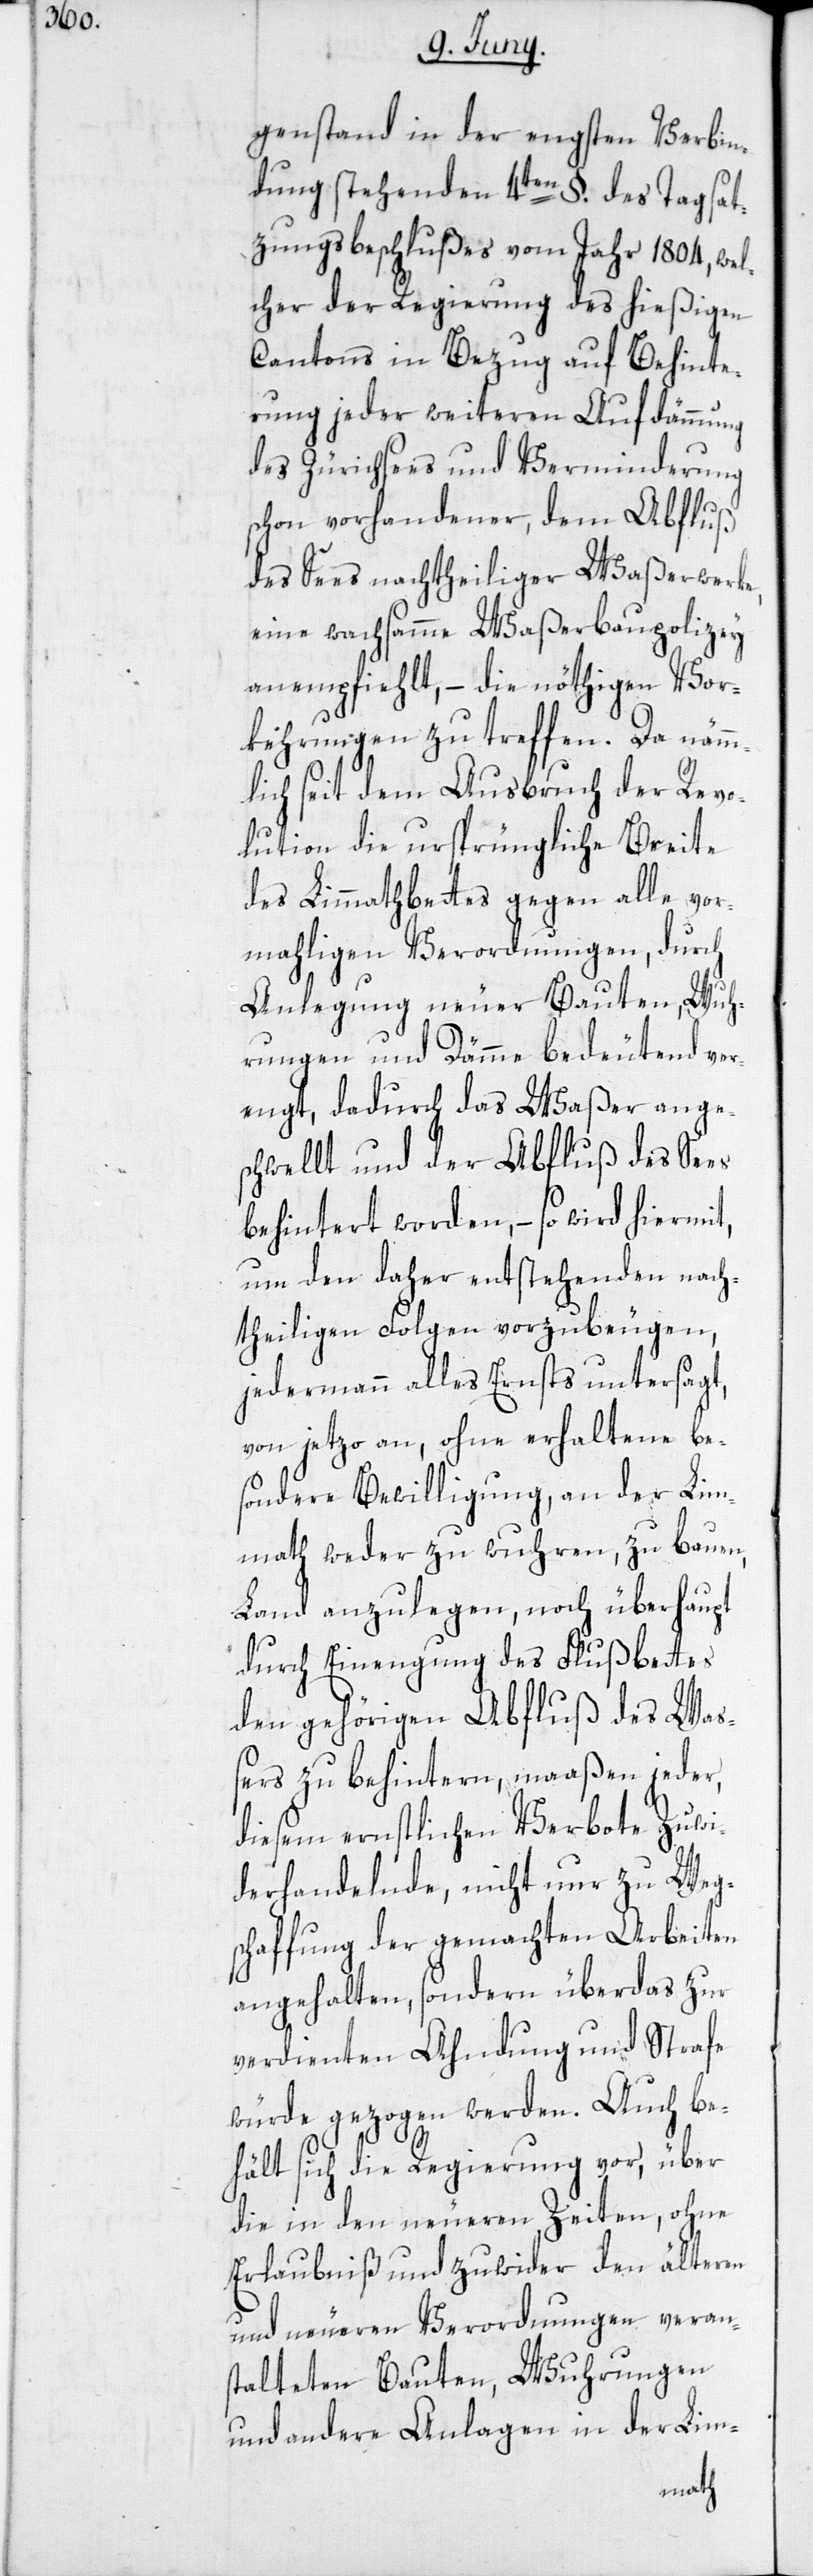
genstand in der engsten Verbin¬
dung stehenden 4ten §. des Tagsat¬
zungsbeschlußes vom Jahr 1804, wel¬
cher der Regierung des hießigen
Cantons in Bezug auf Behinte¬
rung jeder weiteren Aufdämmung
des Zürichsees und Verminderung
schon vorhandener, dem Abfluß
des Sees nachtheiliger Waßerwerke,
eine wachsamme Waßerbaupolizey
anempfiehlt, – die nöthigen Vor¬
kehrungen zu treffen. Da nämm¬
lich seit dem Ausbruch der Revo¬
lution die ursprüngliche Breite
des Limmathbettes gegen alle vor¬
mahligen Verordnungen, durch
Anlegung neuer Bauten, Wuh¬
rungen und Dämme bedeutend ver¬
engt, dadurch das Waßer ange¬
schwellt und der Abfluß des Sees
behintert worden, – so wird hiermit,
um den daher entstehenden nach¬
theiligen Folgen vorzubeugen,
jedermann alles Ernsts untersagt,
von jetzo an, ohne erhaltene be¬
sondere Bewilligung, an der Lim¬
math weder zu wuhren, zu bauen,
Land anzulegen, noch überhaupt
durch Einengung des Flußbettes
den gehörigen Abfluß des Wa¬
ßers zu behintern, maaßen jeder,
diesem ernstlichen Verbote Zuwi¬
derhandelnde, nicht nur zu Weg¬
schaffung der gemachten Arbeiten
angehalten, sondern überdas zur
verdienten Ahndung und Strafe
würde gezogen werden. Auch be¬
hält sich die Regierung vor, über
die in den neueren Zeiten, ohne
Erlaubniß und zuwider den älteren
und neueren Verordnungen veran¬
stalteten Bauten, Wuhrungen
und andere Anlagen in der Lim-